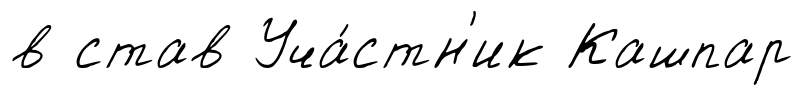
в став Уча́стн'ик Кашпар